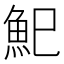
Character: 𩵗